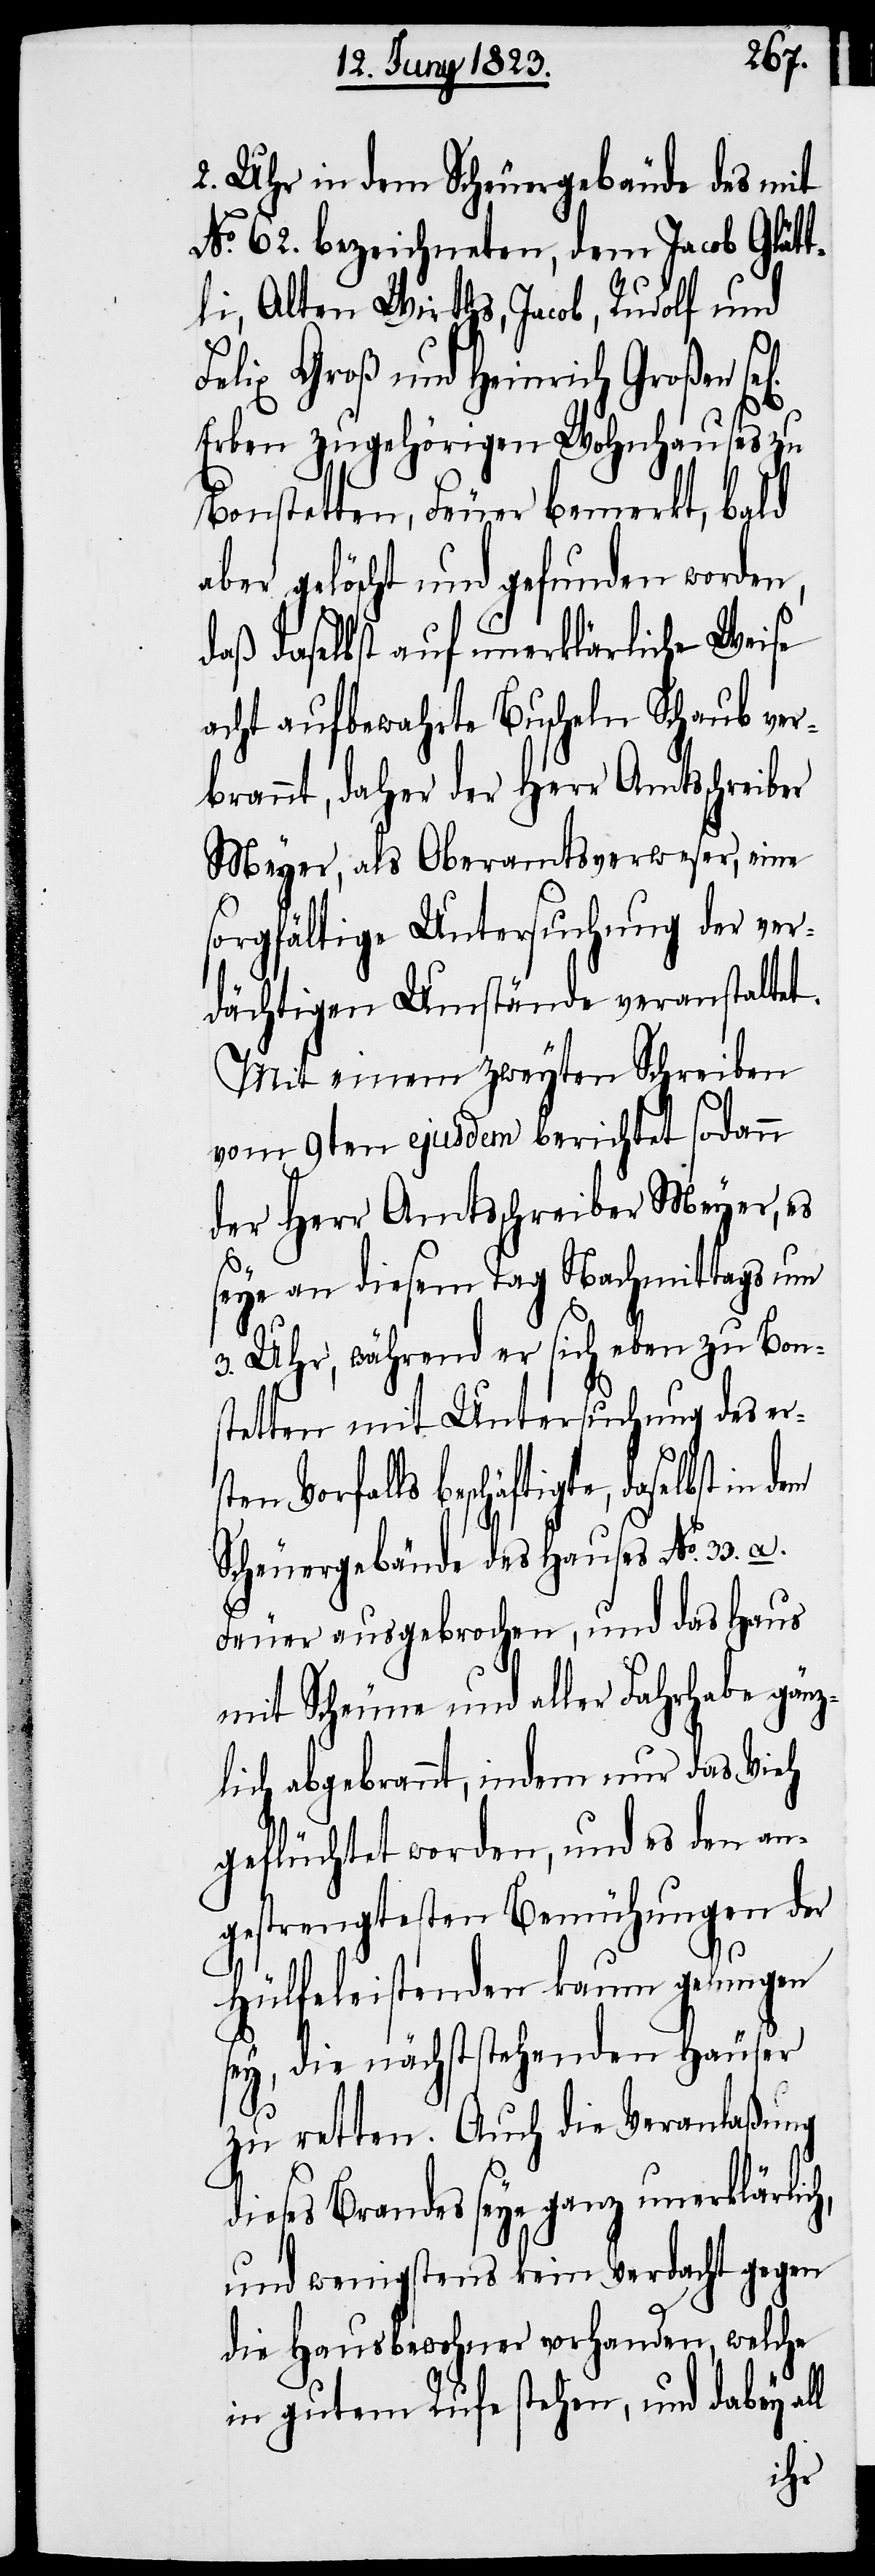
2. Uhr in dem Scheuergebäude des mit
No. 62. bezeichneten, dem Jacob Glätt¬
li, Alten Wirths, Jacob, Rudolf und
Felix Groß und Heinrich Großen
Erben zugehörigen Wohnhauses zu
Bonstetten, Feuer bemerkt, bald
aber gelöscht und gefunden worden,
daß daselbst auf unerklärliche Weise
acht aufbewahrte Buscheln Schaub ver¬
brannt, daher der Herr Amtsschreiber
Meyer, als Oberamtsverweser, eine
sorgfältige Untersuchung der ver¬
dächtigen Umstände veranstaltet.
Mit einem zweyten Schreiben
vom 9ten ejusdem berichtet sodann
der Herr Amtsschreiber Meyer, es
seye an diesem Tag Nachmittags um
3. Uhr, während er sich eben zu Bon¬
stetten mit Untersuchung des ers¬
ten Vorfalls beschäftigte, daselbst in
Scheuergebäude des Hauses No. 33.
Feuer ausgebrochen, und das Haus
mit Scheune und aller Fahrhabe gänz¬
lich abgebrannt, indem nur das Vieh
geflüchtet worden, und es den an¬
gestrengtesten Bemühungen der
Hülfeleistenden kaum gelungen
sey, die nächststehenden Häuser
zu retten. Auch die Veranlaßung
dieses Brandes seye ganz unerklärlich,
und wenigstens kein Verdacht gegen
die Hausbewohner vorhanden, welche
in gutem Rufe stehen, und dabey al¬
l